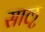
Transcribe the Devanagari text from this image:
साऌ